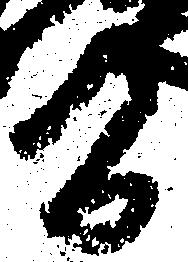
間